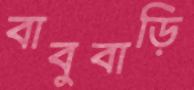
বাবুবাড়ি